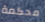
محكمة